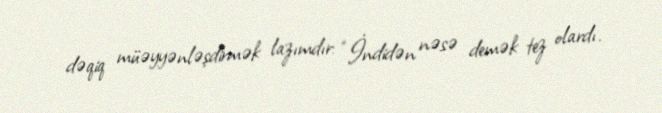
dəqiq müəyyənləşdirmək lazımdır: “İndidən nəsə demək tez olardı.